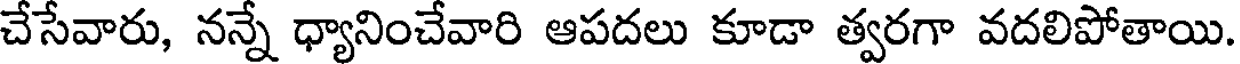
చేసేవారు, నన్నే ధ్యానించేవారి ఆపదలు కూడా త్వరగా వదలిపోతాయి.